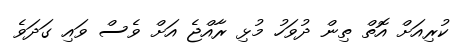
ކުރިއަށް އޮތް ތިން ދުވަހު މުޅި ރާއްޖެ އަށް ވެސް ވައި ގަދަވެ